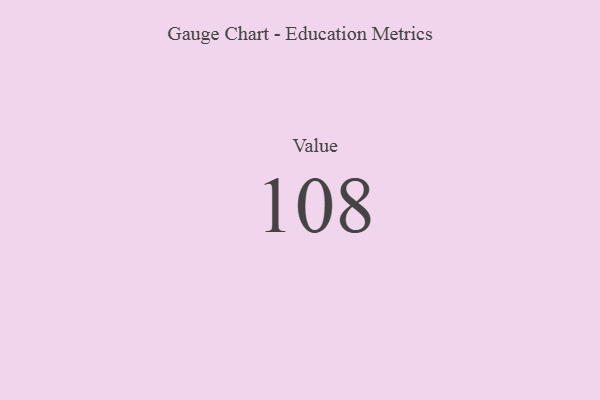
{"axis": {"x": "Metric", "y": "Value"}, "legend": [""], "data": [{"x": "Value", "y": 108, "type": ""}]}